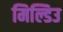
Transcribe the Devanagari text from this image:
मिल्डिउ